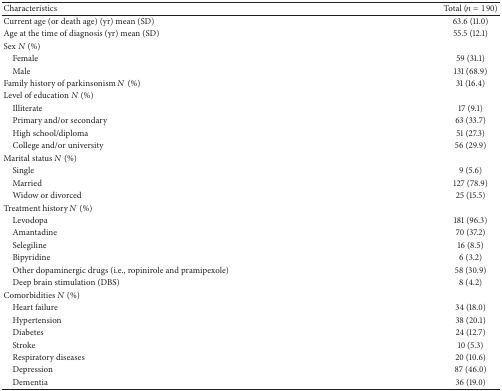
| Characteristics | Total (n = 190) |
 | --- | --- |
 | Current age (or death age) (yr) mean (SD) | 63.6 (11.0) |
 | Age at the time of diagnosis (yr) mean (SD) | 55.5 (12.1) |
 | Sex N (%) |  |
 | Female | 59 (31.1) |
 | Male | 131 (68.9) |
 | Family history of parkinsonism N (%) | 31 (16.4) |
 | Level of education N (%) |  |
 | Illiterate | 17 (9.1) |
 | Primary and/or secondary | 63 (33.7) |
 | High school/diploma | 51 (27.3) |
 | College and/or university | 56 (29.9) |
 | Marital status N (%) |  |
 | Single | 9 (5.6) |
 | Married | 127 (78.9) |
 | Widow or divorced | 25 (15.5) |
 | Treatment history N (%) |  |
 | Levodopa | 181 (96.3) |
 | Amantadine | 70 (37.2) |
 | Selegiline | 16 (8.5) |
 | Bipyridine | 6 (3.2) |
 | Other dopaminergic drugs (i.e., ropinirole and pramipexole) | 58 (30.9) |
 | Deep brain stimulation (DBS) | 8 (4.2) |
 | Comorbidities N (%) |  |
 | Heart failure | 34 (18.0) |
 | Hypertension | 38 (20.1) |
 | Diabetes | 24 (12.7) |
 | Stroke | 10 (5.3) |
 | Respiratory diseases | 20 (10.6) |
 | Depression | 87 (46.0) |
 | Dementia | 36 (19.0) |